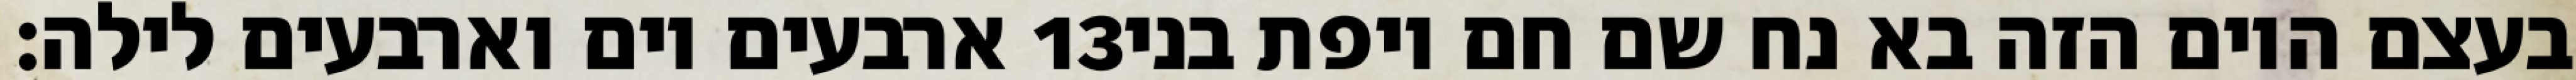
ארבעים יום וארבעים לילה׃ ‎13‏ בעצם היום הזה בא נח שם חם ויפת בני